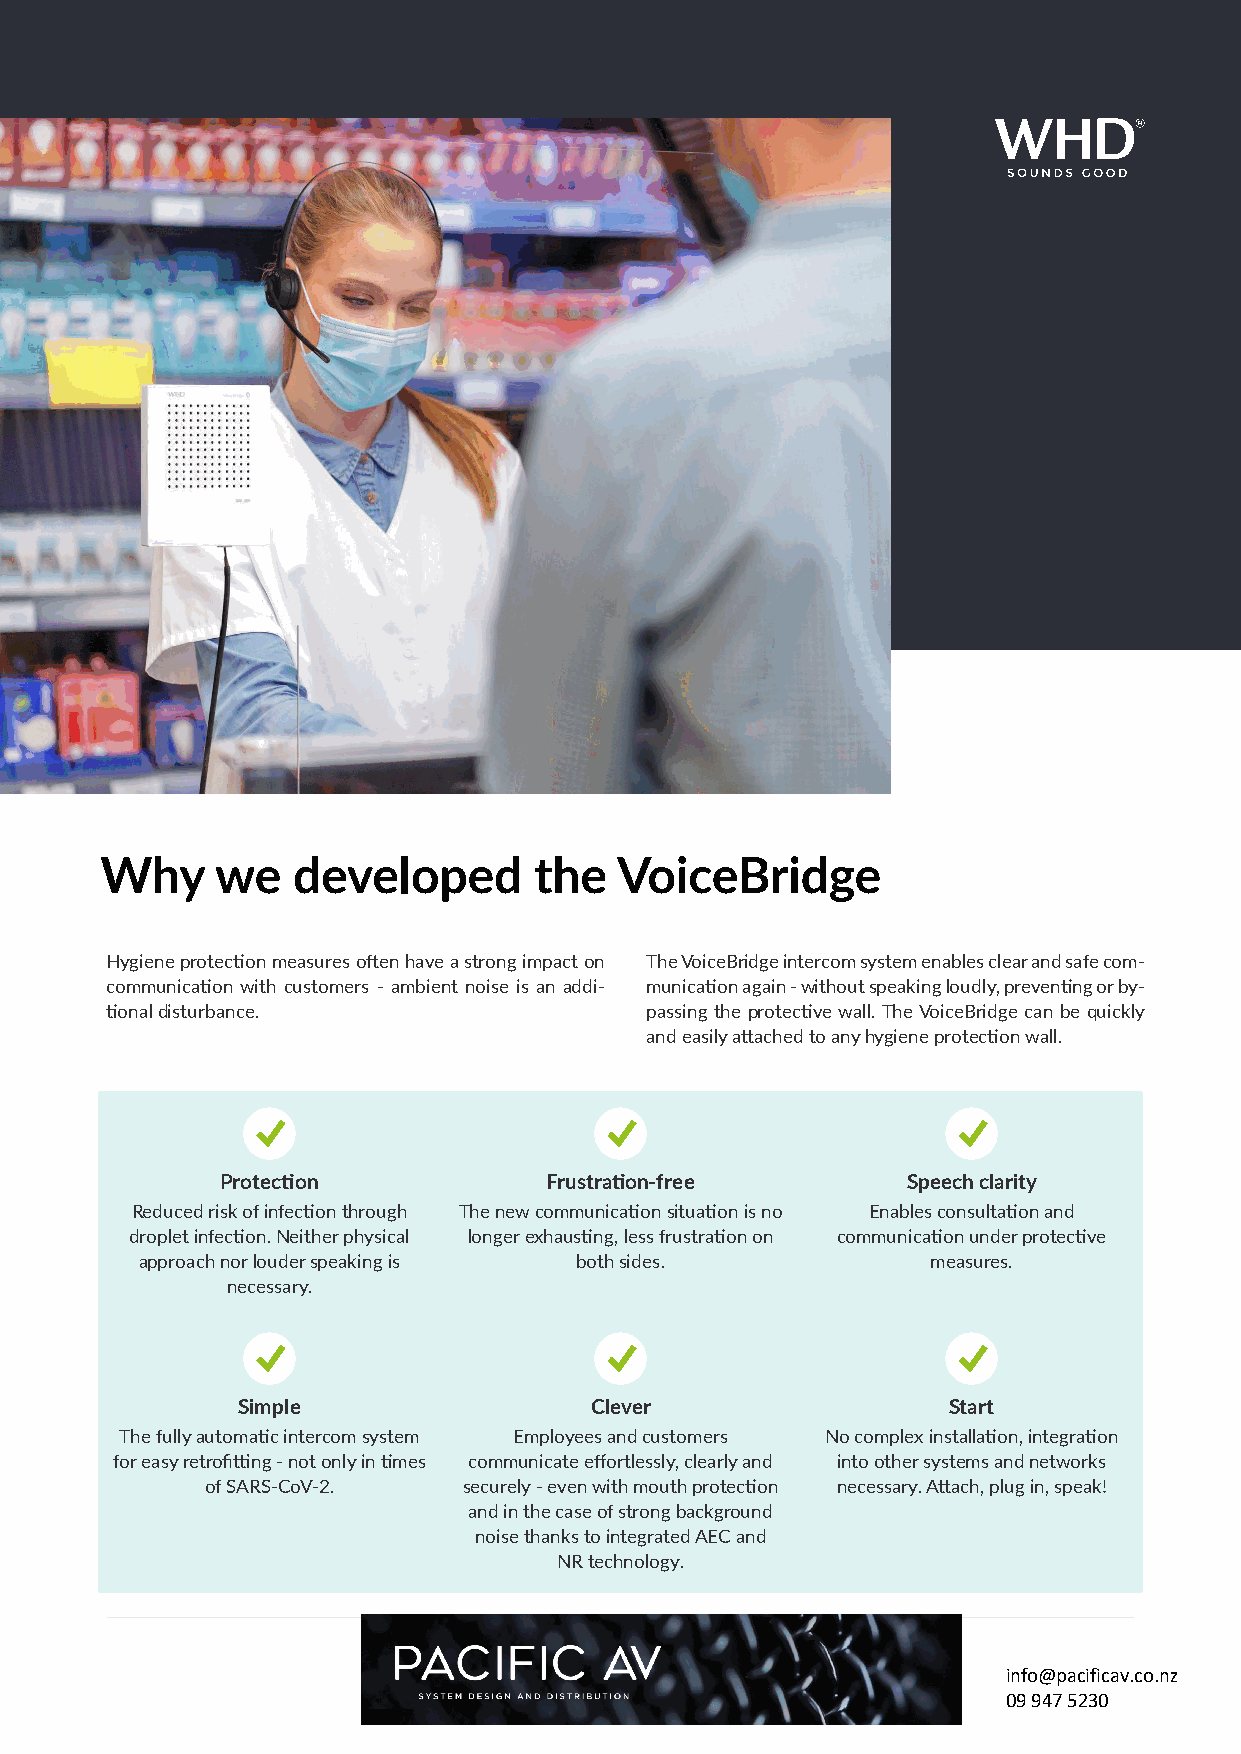
Why    we   developed       the   VoiceBridge
 Hygiene protection measures often have a strong impact on The VoiceBridge intercom system enables clear and safe com-
 communication with customers - ambient noise is an addi- munication again - without speaking loudly, preventing or by-
 tional disturbance.                 passing the protective wall. The VoiceBridge can be quickly
 and easily attached to any hygiene protection wall.
 Protection           Frustration-free        Speech clarity
 Reduced risk of infection through The new communication situation is no Enables consultation and
 droplet infection. Neither physical longer exhausting, less frustration on communication under protective
 approach nor louder speaking is both sides.          measures.
 necessary.
 Simple                 Clever                  Start
 The fully automatic intercom system Employees and customers No complex installation, integration
 for easy retrofitting - not only in times communicate effortlessly, clearly and into other systems and networks
 of SARS-CoV-2.   securely - even with mouth protection necessary. Attach, plug in, speak!
 and in the case of strong background
 noise thanks to integrated AEC and
 NR technology.
 info@pacificav.co.nz
 09 947 5230